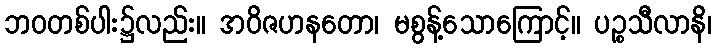
ဘဝတစ်ပါး၌လည်း။ အဝိဇဟနတော၊ မစွန့်သောကြောင့်။ ပဉ္စသီလာနိ၊